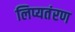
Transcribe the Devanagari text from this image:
लिप्यतंरण